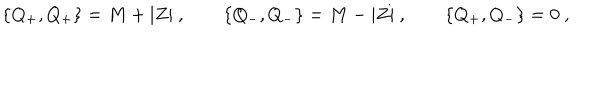
\{ Q _ { + } , Q _ { + } \} = M + | Z | \ , \qquad \{ Q _ { - } , Q _ { - } \} = M - | Z | \ , \qquad \{ Q _ { + } , Q _ { - } \} = 0 \ ,